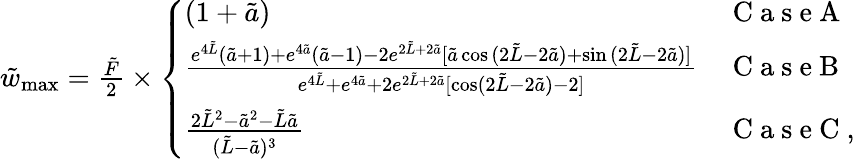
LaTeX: \begin{array}{r}{\tilde{w}_{\mathrm{max}}=\frac{\tilde{F}}{2}\times\left\{ \begin{array}{ll}{(1+\tilde{a})}&{\mathrm{~C~a~s~e~A~}}\\ {\frac{e^{4\tilde{L}}(\tilde{a}+1)+e^{4\tilde{a}}(\tilde{a}-1)-2e^{2\tilde{L}+2\tilde{a}}[\tilde{a}\cos{(2\tilde{L}-2\tilde{a})}+\sin{(2\tilde{L}-2\tilde{a})]}}{e^{4\tilde{L}}+e^{4\tilde{a}}+2e^{2\tilde{L}+2\tilde{a}}[\cos(2\tilde{L}-2\tilde{a})-2]}}&{\mathrm{~C~a~s~e~B~}}\\ {\frac{2\tilde{L}^{2}-\tilde{a}^{2}-\tilde{L}\tilde{a}}{(\tilde{L}-\tilde{a})^{3}}}&{\mathrm{~C~a~s~e~C~},}\end{array}\right.}\end{array}